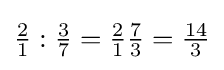
{\tfrac {2}{1}}:{\tfrac {3}{7}}={\tfrac {2}{1}}{\tfrac {7}{3}}={\tfrac {14}{3}}